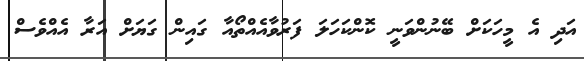
އަދި އެ މީހަކަށް ބޭނުންވަނީ ކޮންކަހަލަ ފަރުވާއެއްތޯއާ ގައިން ގަޔަށް އަރާ އެއްވެސް